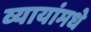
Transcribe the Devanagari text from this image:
व्यायांमधे